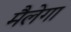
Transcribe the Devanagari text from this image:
मैलेगा